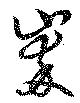
崒